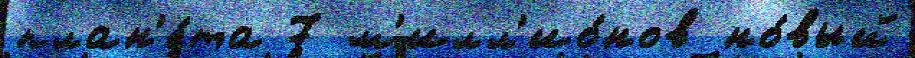
план'е́та 7 м'илл'ио́нов но́вый